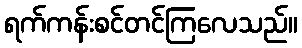
ရက်ကန်းစင်တင်ကြလေသည်။